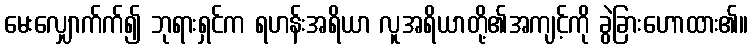
မေးလျှောက်က်၍ ဘုရားရှင်က ရဟန်းအရိယာ လူအရိယာတို့၏အကျင့်ကို ခွဲခြားဟောထား၏။